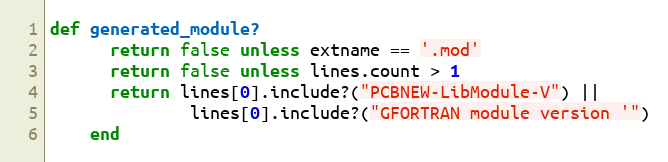
Language: Ruby
def generated_module?
      return false unless extname == '.mod'
      return false unless lines.count > 1
      return lines[0].include?("PCBNEW-LibModule-V") ||
              lines[0].include?("GFORTRAN module version '")
    end